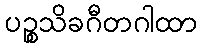
ပဉ္စသိခဂီတဂါထာ